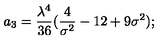
a _ { 3 } = { \frac { \lambda ^ { 4 } } { 3 6 } } ( { \frac { 4 } { \sigma ^ { 2 } } } - 1 2 + 9 \sigma ^ { 2 } ) ;